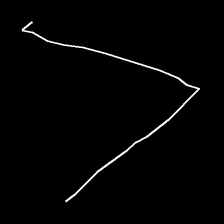
Glyph: region